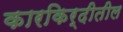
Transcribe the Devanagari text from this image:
कारकिर्दीतील